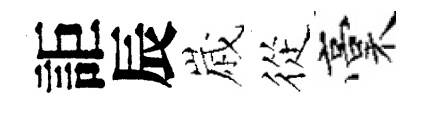
詎辰𡻕從稾